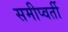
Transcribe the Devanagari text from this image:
समीप्वर्ती